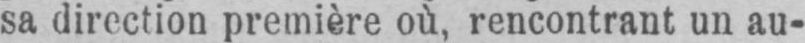
sa direction première où, rencontrant un au-